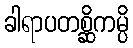
ခါရာပတစ္ဆိကမ္ပိ